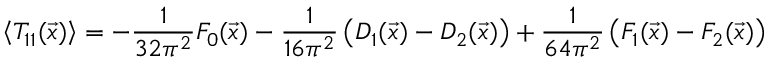
\left\langle T _ { 1 1 } ( \vec { x } ) \right\rangle = - \frac { 1 } { 3 2 \pi ^ { 2 } } F _ { 0 } ( \vec { x } ) - \frac { 1 } { 1 6 \pi ^ { 2 } } \left( D _ { 1 } ( \vec { x } ) - D _ { 2 } ( \vec { x } ) \right) + \frac { 1 } { 6 4 \pi ^ { 2 } } \left( F _ { 1 } ( \vec { x } ) - F _ { 2 } ( \vec { x } ) \right)